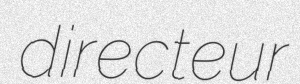
directeur